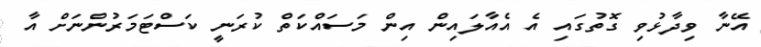
އޭނާ ވިދާޅުވި ގޮތުގައި އެ އެއާލައިން އިން މަސައްކަތް ކުރަނީ ކަސްޓަމަރުންނަށް އާ